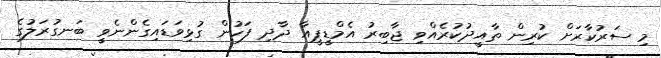
މި ސަރުކާރަށް ކުރިން ތާއީދުކުރެއްވި ޖާބިރު އެމްޑީޕީއާ ދާދި ފަހުން ގުޅިވަޑައިގެންނެވީ ބަނގުރަލުގެ